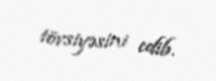
tövsiyəsini edib.